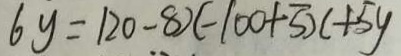
6 y = 1 2 0 - 8 x - 1 0 0 + 5 x + 5 y